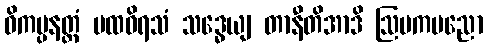
ဝိကပ္ပနတ္ထံ ပထဝိရသံ သဒ္ဓေယျ တာနီတိအာဒိ ဩမကပညော